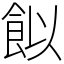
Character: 䬮